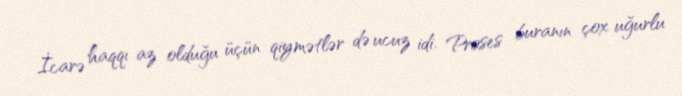
İcarə haqqı az olduğu üçün qiymətlər də ucuz idi. Proses buranın çox uğurlu